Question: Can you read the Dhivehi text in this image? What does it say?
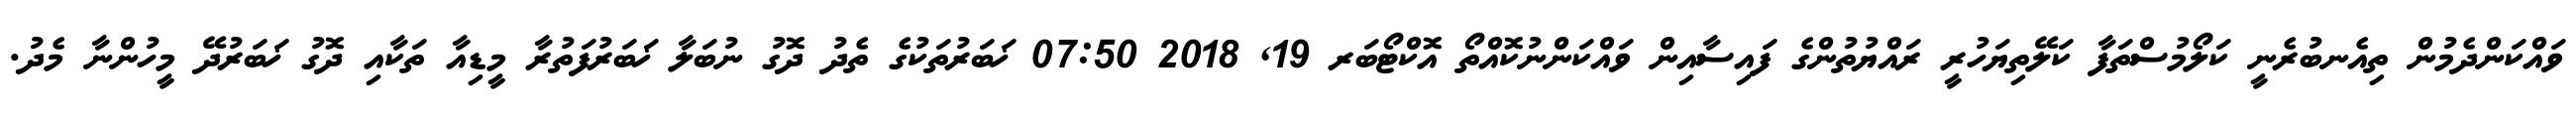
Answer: ވައްކަންދެމުން ތިއެނބުރެނީ ކަލޯމުސްތަފާ ކަލޭތިޔަހުރީ ރައްޔުތުންގެ ފައިސާއިން ވައްކަންނުކޮއްތޯ އޮކްޓޯބަރ 19, 2018 07:50 ޚަބަރުތަކުގެ ތެދު ދޮގު ނުބަލާ ޚަބަރުފަތުރާ މީޑިއާ ތަކާއި ދޮގު ޚަބަރުދޭ މީހުންނާ މެދު.